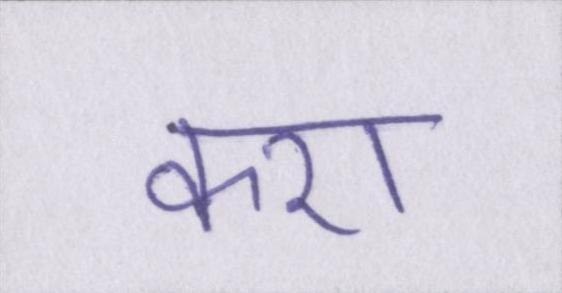
करा